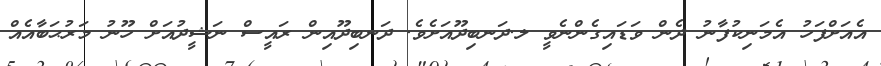
އެއަށްފަހު އެމަނިކުފާނު ދެން ވަޑައިގެންނެވީ ލ.ދަނބިދޫއަށެވެ. ދަނބިދޫއިން ރައީސް ނަޝީދުއަށް ހޫނު މަރުޙަބާއެއް